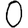
Digit: 0